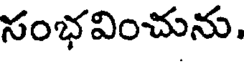
సంభవించును.